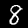
Label: 8